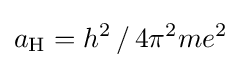
a_{\text{H}}=h^{2}\,/\,4\pi ^{2}me^{2}